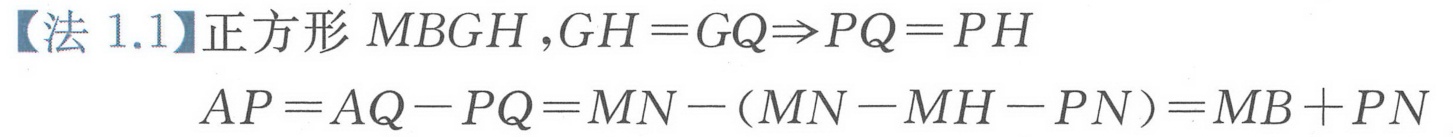
【法 1.1】正方形\(MBGH\)，\(GH = GQ\Rightarrow PQ = PH\)
\(AP = AQ - PQ = MN-(MN - MH - PN)=MB + PN\)